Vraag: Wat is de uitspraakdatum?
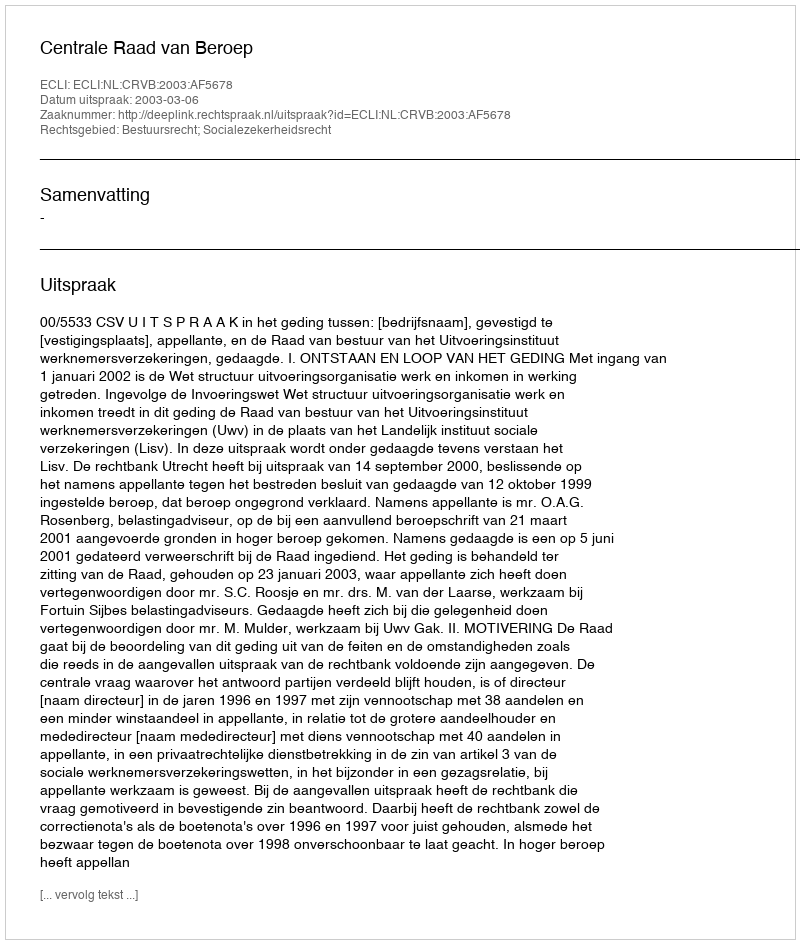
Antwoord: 2003-03-06